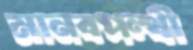
মানবপন্থী